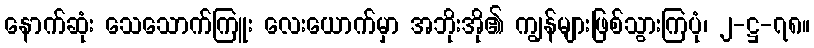
နောက်ဆုံး သေသောက်ကြူး လေးယောက်မှာ အဘိုးအို၏ ကျွန်များဖြစ်သွားကြပုံ၊ ၂-ဋ္ဌ-၇၈။